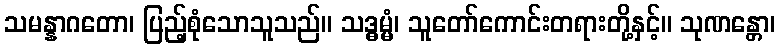
သမန္နာဂတော၊ ပြည့်စုံသောသူသည်။ သဒ္ဓမ္မံ၊ သူတော်ကောင်းတရားတို့နှင့်။ သုဏန္တော၊